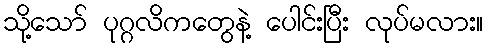
သို့သော် ပုဂ္ဂလိကတွေနဲ့ ပေါင်းပြီး လုပ်မလား။